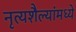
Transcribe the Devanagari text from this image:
नृत्यशैल्यांमध्ये